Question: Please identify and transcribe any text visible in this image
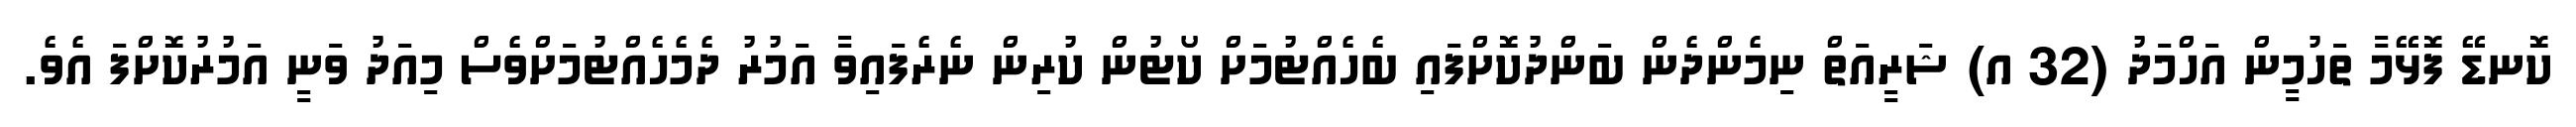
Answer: ކޮނޑޭ ފޮޅޭމާ ތަހުމީން އަހްމަދު (32 އ) ޝަރީއަތް ނިމެންދެން ބަންދުކޮށްފައި ބެހެއްޓުމަށް ކޯޓުން ކުރިން ނެރެފައިވާ އަމުރު ދެމެހެއްޓުމަށްވެސް މިއަދު ވަނީ އަމުރުކޮށްފަ އެވެ.